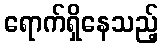
ရောက်ရှိနေသည့်